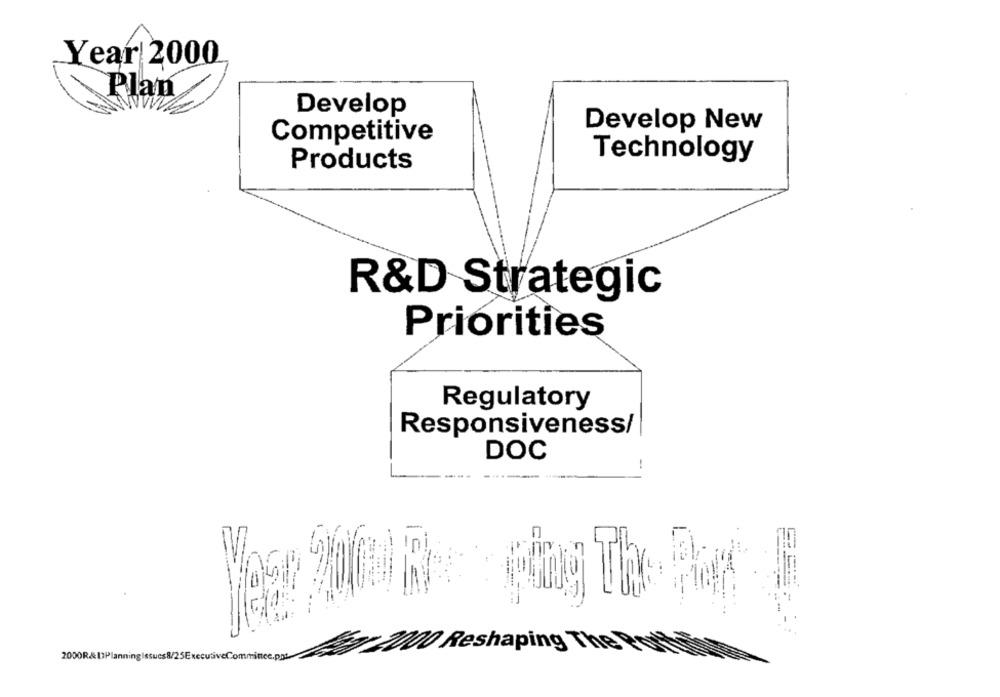
Year 2000
Plan
Develop
Develop New
Competitive
Technology
Products
R&D Strategic
Priorities
Regulatory
Responsiveness/
DOC
22gr 2000 Reshaping The
2000R&DPlanning Issucs8/25ExecutiveCommince.ppt